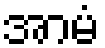
အာမံ